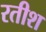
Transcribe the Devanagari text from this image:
रतीश